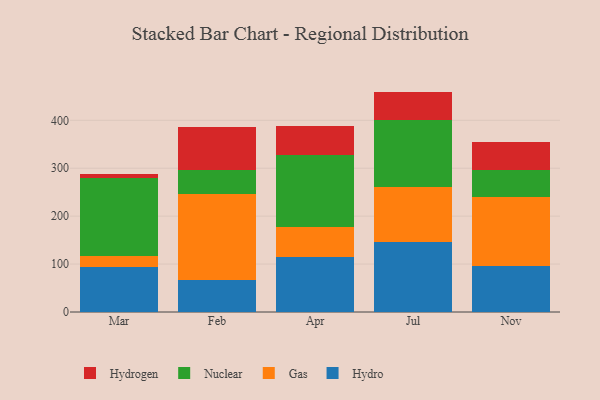
{"axis": {"x": "Month", "y": "Active Users"}, "legend": ["Gas", "Hydro", "Hydrogen", "Nuclear"], "data": [{"x": "Mar", "y": 93.1, "type": "Hydro"}, {"x": "Mar", "y": 24.7, "type": "Gas"}, {"x": "Mar", "y": 160.9, "type": "Nuclear"}, {"x": "Mar", "y": 9.5, "type": "Hydrogen"}, {"x": "Feb", "y": 67.8, "type": "Hydro"}, {"x": "Feb", "y": 178.5, "type": "Gas"}, {"x": "Feb", "y": 49.2, "type": "Nuclear"}, {"x": "Feb", "y": 90.7, "type": "Hydrogen"}, {"x": "Apr", "y": 114.8, "type": "Hydro"}, {"x": "Apr", "y": 61.8, "type": "Gas"}, {"x": "Apr", "y": 151.3, "type": "Nuclear"}, {"x": "Apr", "y": 59.9, "type": "Hydrogen"}, {"x": "Jul", "y": 145.7, "type": "Hydro"}, {"x": "Jul", "y": 115.7, "type": "Gas"}, {"x": "Jul", "y": 138.9, "type": "Nuclear"}, {"x": "Jul", "y": 59.6, "type": "Hydrogen"}, {"x": "Nov", "y": 96.1, "type": "Hydro"}, {"x": "Nov", "y": 144.6, "type": "Gas"}, {"x": "Nov", "y": 55.3, "type": "Nuclear"}, {"x": "Nov", "y": 58.1, "type": "Hydrogen"}]}